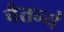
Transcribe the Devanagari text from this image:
चैतन्यं